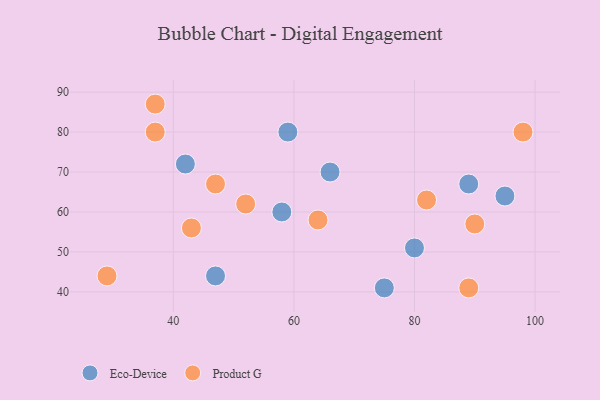
{"axis": {"x": "GDP", "y": "Life Expectancy"}, "legend": ["Eco-Device", "Product G"], "data": [{"x": "75", "y": 41, "type": "Eco-Device"}, {"x": "80", "y": 51, "type": "Eco-Device"}, {"x": "89", "y": 67, "type": "Eco-Device"}, {"x": "47", "y": 44, "type": "Eco-Device"}, {"x": "59", "y": 80, "type": "Eco-Device"}, {"x": "58", "y": 60, "type": "Eco-Device"}, {"x": "66", "y": 70, "type": "Eco-Device"}, {"x": "95", "y": 64, "type": "Eco-Device"}, {"x": "42", "y": 72, "type": "Eco-Device"}, {"x": "90", "y": 57, "type": "Product G"}, {"x": "52", "y": 62, "type": "Product G"}, {"x": "64", "y": 58, "type": "Product G"}, {"x": "29", "y": 44, "type": "Product G"}, {"x": "43", "y": 56, "type": "Product G"}, {"x": "98", "y": 80, "type": "Product G"}, {"x": "37", "y": 80, "type": "Product G"}, {"x": "37", "y": 87, "type": "Product G"}, {"x": "89", "y": 41, "type": "Product G"}, {"x": "47", "y": 67, "type": "Product G"}, {"x": "82", "y": 63, "type": "Product G"}]}